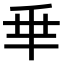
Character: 𠂯